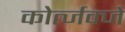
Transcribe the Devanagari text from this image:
कोर्त्जक्जे